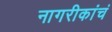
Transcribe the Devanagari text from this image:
नागरीकांचं